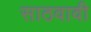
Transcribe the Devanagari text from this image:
साठवावी